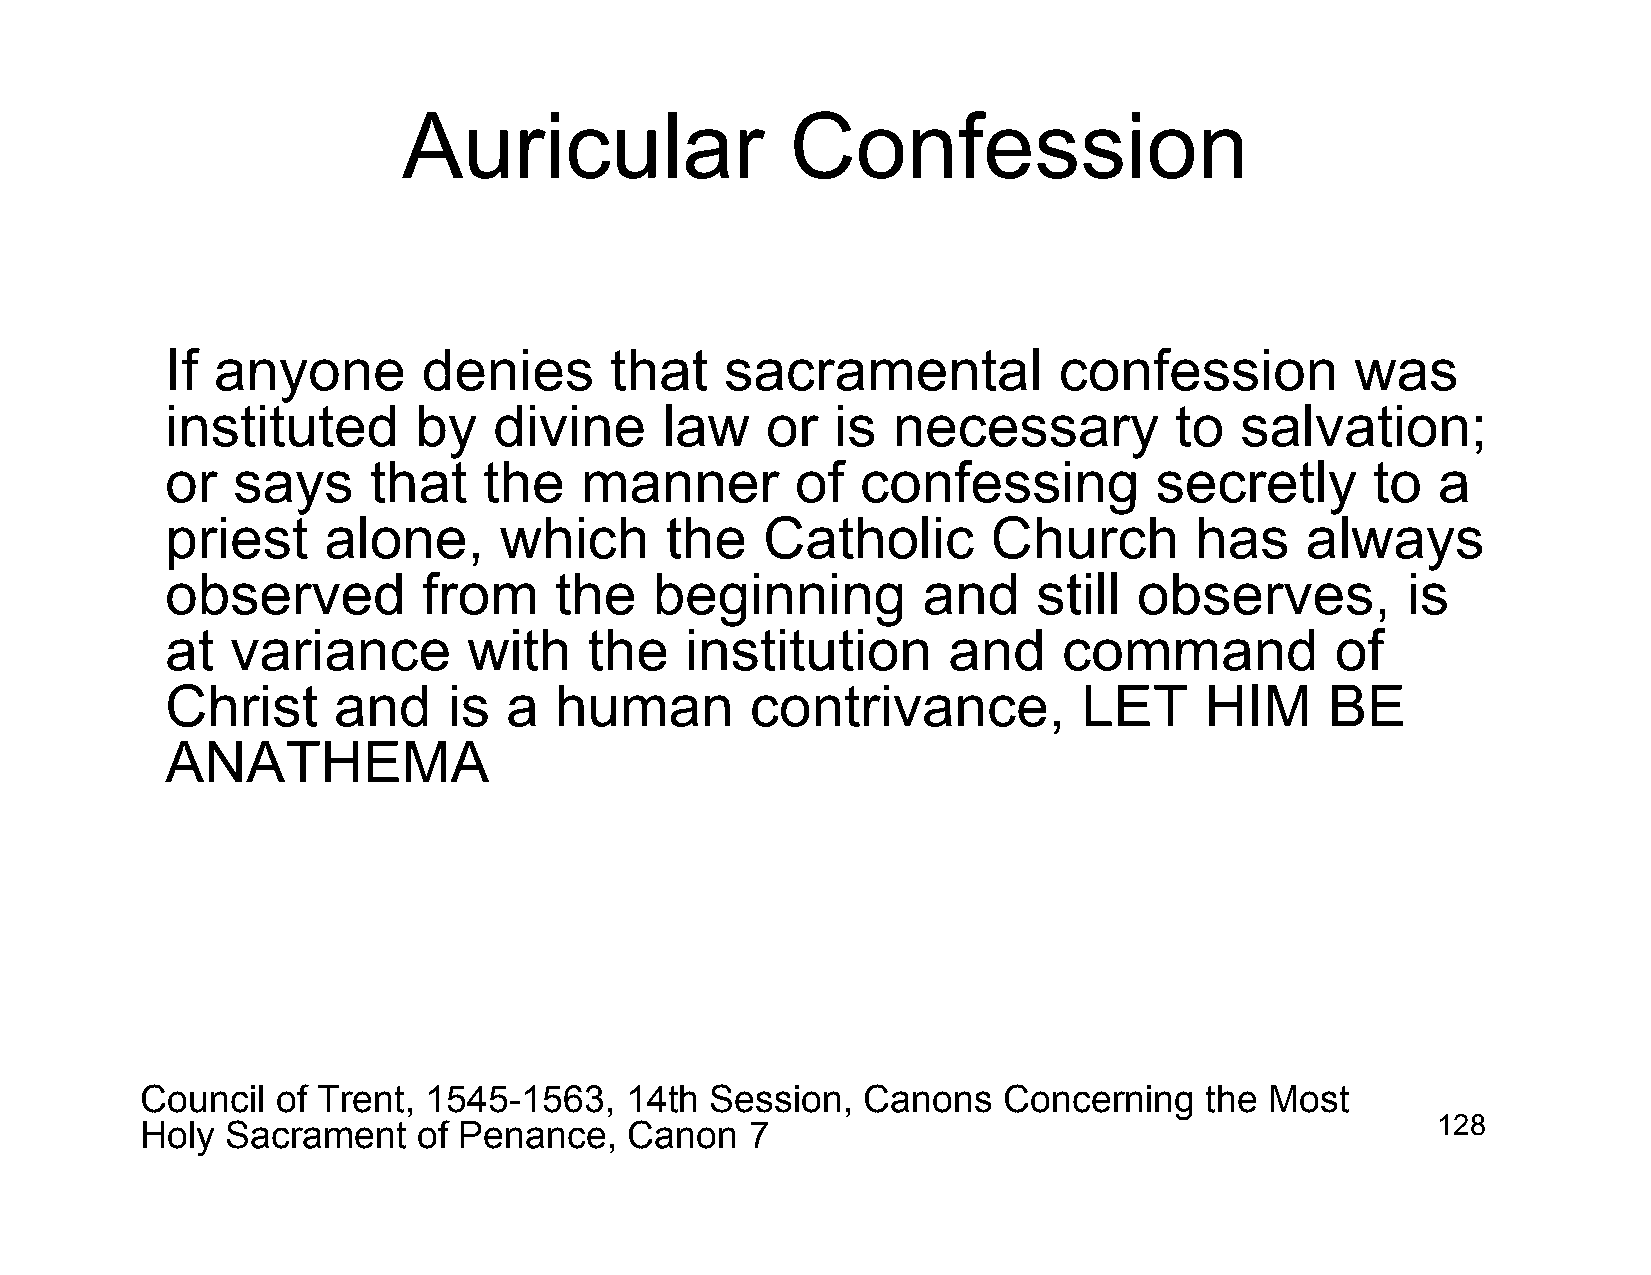
Auricular                Confession
 If anyone        denies      that    sacramental           confession          was
 instituted      by    divine     law    or  is  necessary          to  salvation;
 or  says     that    the   manner         of  confessing         secretly       to  a
 priest    alone,      which      the   Catholic        Church       has    always
 observed         from     the   beginning         and     still observes,         is
 at  variance        with    the   institution       and    command           of
 Christ     and     is a   human        contrivance,          LET     HIM     BE
 ANATHEMA
 Council  of Trent, 1545-1563,   14th  Session,  Canons   Concerning    the Most
 Holy  Sacrament    of Penance,   Canon   7                                            128